Report of the Indian Hemp Drugs Commission, 1894-1895 - Volume VI
Year: 1894
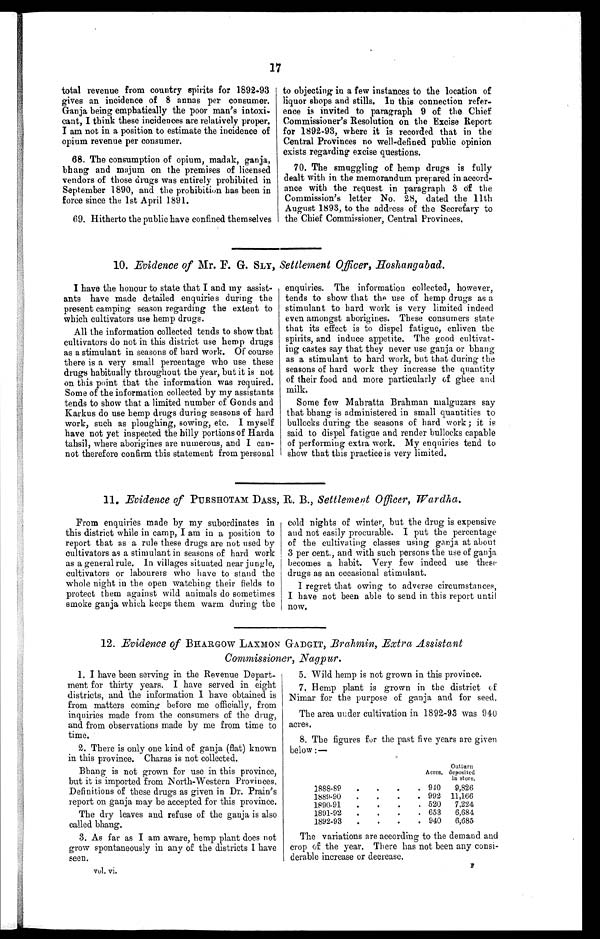
1
7
total revenue from country spirits for 1892-93
gives an incidence of 8 annas per consumer.
Ganja being emphatically the poor man's intoxi
-
cant, I think these incidences are relatively proper.
I am not in a position to estimate the incidence of
opium revenue per consumer.
68. The consumption of opium, madak, ganja,
bhang and majum on the premises of licensed
vendors of those thugs was entirely prohibited in
September 1890, and the prohibition has been in
force since the 1st April 1891.
69. Hitherto the public have confined themselves
to objecting in a few instances to the location of
liquor shops and stills. In this connection refer
-
ence is invited to paragraph 9 of the Chief
Commissioner's Resolution on the Excise Report
for 1892-93, where it is recorded that in the
Central Provinces no well-defined public opinion
exists regarding excise questions.
70. The smuggling of hemp drugs is fully
dealt with in the memorandum prepared in accord-
ance with the request in paragraph 3 Of the
Commission's letter No. 28, dated the 11th
August 1893, to the address of the Secretary to
the Chief Commissioner, Central Provinces.
10. Evidence of Mr. F. G. SLY, Settlement Officer, Hoshangabad.
I have the honour to state that I and my assist
-
ants have made detailed enquiries during the
present camping season regarding the extent to
which cultivators use hemp drugs.
All the information collected tends to show that
cultivators do not in this district use hemp drugs
as a stimulant in seasons of hard work. Of course
there is a very small percentage who use these
drugs habitually throughout the year, but it is not
on this point that the information was required.
Some of the information collected by my assistants
tends to show that a limited number of Gonds and
Karkus do use hemp drugs during seasons of hard
work, such as ploughing, sowing, etc. I myself
have not yet inspected the hilly portions of Harda
tahsil, where aborigines are numerous, and I can
-
not therefore confirm this statement from personal
enquiries. The information collected, however,
tends to show that the use of hemp drugs as a
stimulant to hard work is very limited indeed
even amongst aborigines. These consumers state
that its effect is to dispel fatigue, enliven the
spirits, and induce appetite. The good cultivat
-
ing castes say that they never use ganja or bhang
as a stimulant to hard work, but that during the
seasons of hard work they increase the quantity
of their food and more particularly of ghee and
milk.
Some few Mahratta Brahman malguzars say
that bhang is administered in small quantities to
bullocks during the seasons of hard work ; it is
said to dispel fatigue and render bullocks capable
of performing extra work. My enquiries tend to
show that this practice is very limited.
11. Evidence of PURSHOTAM DASS, R. B., Settlement Officer, Wardha.
From enquiries made by my subordinates in
this district while in camp, I am in a position to
report that as a rule these drugs are not used by
cultivators as a stimulant in seasons of hard work
as a general rule. In villages situated near jungle,
cultivators or labourers who have to stand the
whole night in the open watching their fields to
protect them against wild animals do sometimes
smoke ganja which keeps them warm during the
cold nights of winter, but the drug is expensive
and not easily procurable. I put the percentage
of the cultivating classes using ganja at about
3 per cent., and with such persons the use of ganja
becomes a habit. Very few indeed use these
drugs as an occasional stimulant.
I regret that owing to adverse circumstances,
I have not been able to send in this report until
now.
12. Evidence of BHARGOW LAXMON GADGIT, Brahmin, Extra Assistant
Commissioner, Nagpur.
1. I have been serving in the Revenue Depart
-
ment for thirty years. I have served in eight
districts, and the information I have obtained is
from matters coming before me officially, from
inquiries made from the consumers of the drug,
and from observations made by me from time to
time.
2. There is only one kind of ganja (flat) known
in this province. Charas is not collected.
Bhang is not grown for use in this province,
but it is imported from North-Western Provinces.
Definitions of these drugs as given in Dr. Prain's
report on ganja may be accepted for this province.
The dry leaves and refuse of the ganja is also
called bhang.
3. As far as I am aware, hemp plant does not
grow spontaneously in any of the districts I have
seen.
5. Wild hemp is not grown in this province.
7. Hemp plant is grown in the district of
Nimar for the purpose of ganja and for seed.
The area under cultivation in 1892-93 was
940
acres.
8. The figures for the past five years are given
below :—
Outturn
Acres. deposited
in store.
1888-89
940 9,826
1889-90
992 11,1,66
1890-91
520 7,224
1891-92
653 6,684
1892-93
940 6,685
The variations are according to the demand and
crop of the year. There has not been any consi
-
derable increase or decrease.